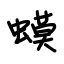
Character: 蟆